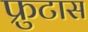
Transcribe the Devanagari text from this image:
फ्रुटास